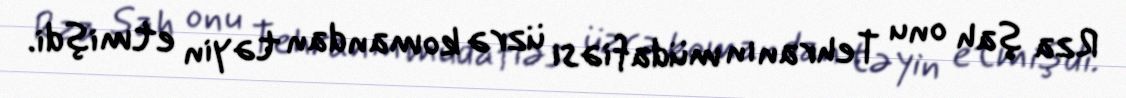
Rza şah onu Tehranın müdafiəsi üzrə komandan təyin etmişdi.